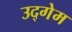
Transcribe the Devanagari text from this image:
उद्गेम